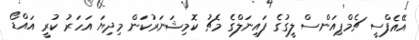
އޭއެފްސީ ޗެމްޕިއަންސް ލީގުގެ ފައިނަލްގެ މެޗު ކޮމިޝަނަރުކަން މިދިޔަ އަހަރު ކުރީ އައްޑޯ